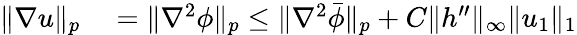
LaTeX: \begin{array}{rl}{\| \nabla u\| _{p}}&{{}=\| \nabla^{2}\phi\| _{p}\leq\| \nabla^{2}\bar{\phi}\| _{p}+C\| h^{\prime\prime}\| _{\infty}\| u_{1}\| _{1}}\end{array}